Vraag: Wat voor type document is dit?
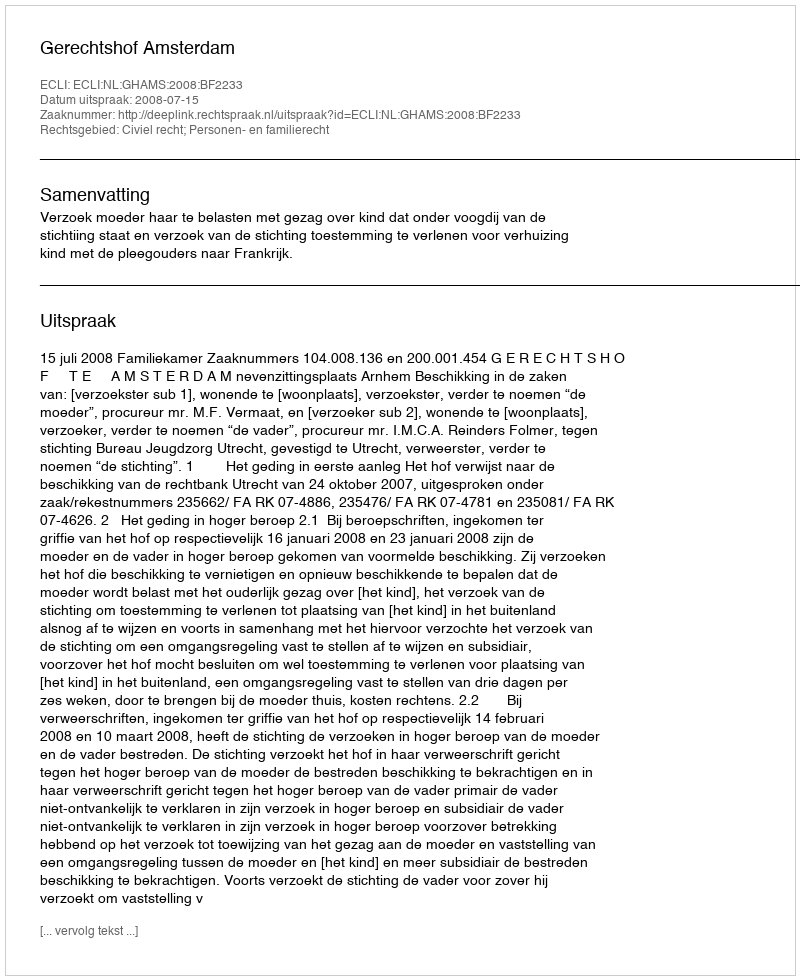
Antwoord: Uitspraak